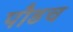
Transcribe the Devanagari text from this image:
पौडच